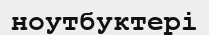
ноутбуктері